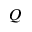
Q